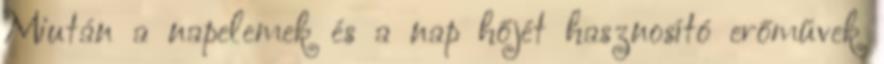
Miután a napelemek és a nap hőjét hasznosító erőművek